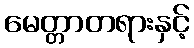
မေတ္တာတရားနှင့်